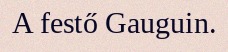
A festő Gauguin.